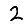
Digit: 2